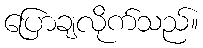
ပြောချလိုက်သည်။